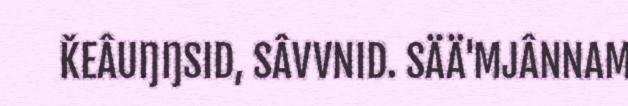
ǨEÂUŊŊSID, SÂVVNID. SÄÄ'MJÂNNAM